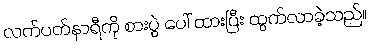
လက်ပတ်နာရီကို စားပွဲ ပေါ် ထားပြီး ထွက်လာခဲ့သည်။